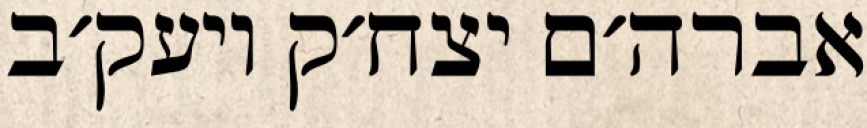
אברה׳ם יצח׳ק ויעק׳ב